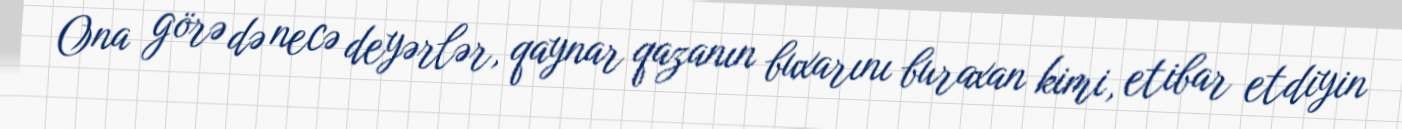
Ona görə də necə deyərlər, qaynar qazanın buxarını buraxan kimi, etibar etdiyin